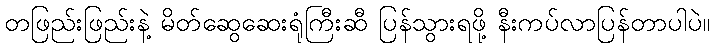
တဖြည်းဖြည်းနဲ့ မိတ်ဆွေဆေးရုံကြီးဆီ ပြန်သွားရဖို့ နီးကပ်လာပြန်တာပါပဲ။